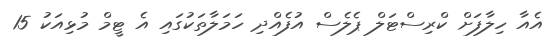
އެއާ ހިލާފަށް ކްރިސްޓަލް ޕެލެސް އުފެއްދި ހަމަލާތަކުގައި އެ ޓީމް މުޅިއަކު 15